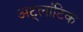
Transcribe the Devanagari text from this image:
अट्लांटिक